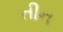
તીન